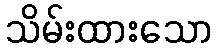
သိမ်းထားသော